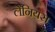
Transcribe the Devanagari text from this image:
लैनियस